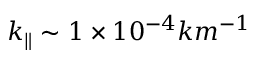
k _ { \parallel } \sim 1 \times 1 0 ^ { - 4 } k m ^ { - 1 }